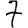
Digit: 7